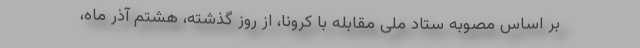
بر اساس مصوبه ستاد ملی مقابله با کرونا، از روز گذشته، هشتم آذر ماه،